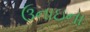
ઉનાઇના